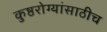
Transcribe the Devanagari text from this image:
कुष्ठरोग्यांसाठीच